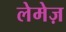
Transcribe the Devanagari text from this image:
लेमेज़